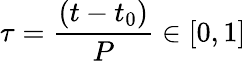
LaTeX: \tau=\frac{(t-t_{0})}{P}\in[0,1]